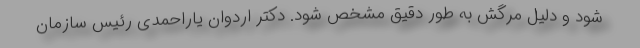
شود و دلیل مرگش به طور دقیق مشخص شود. دکتر اردوان یاراحمدی رئیس سازمان